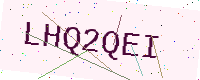
Text: LHQ2QEI